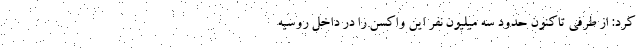
کرد: از طرفی تاکنون حدود سه میلیون نفر این واکسن را در داخل روسیه